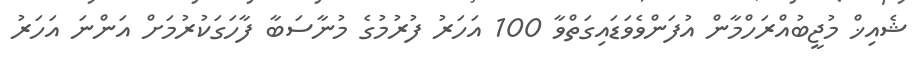
ޝެއިޚް މުޖީބުއްރަހްމާން އުފަންވެވަޑައިގަތްވާ 100 އަހަރު ފުރުމުގެ މުނާސަބާ ފާހަގަކުރުމަށް އަންނަ އަހަރު